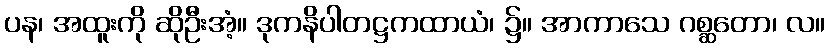
ပန၊ အထူးကို ဆိုဦးအံ့။ ဒုကနိပါတဋ္ဌကထာယံ၊ ၌။ အာကာသေ ဂစ္ဆတော၊ လ။